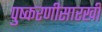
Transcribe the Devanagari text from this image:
पुष्करणीसारखी